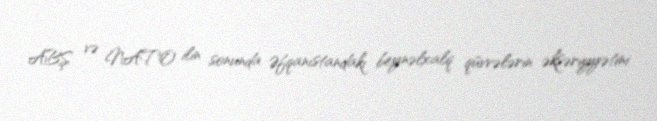
ABŞ və NATO ilin sonunda Əfqanıstandakı beynəlxalq qüvvələrin əksəriyyətini